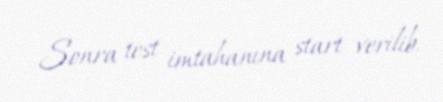
Sonra test imtahanına start verilib.